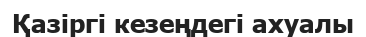
Қазіргі кезеңдегі ахуалы